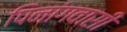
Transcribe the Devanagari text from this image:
पिनांगवासी